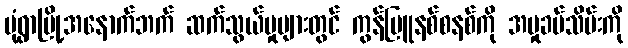
မုံရွာမြို့အနောက်ဘက် ဆက်သွယ်မှုများတွင် ကွန်မြူနစ်စနစ်ကို အမှုခပ်သိမ်းကို